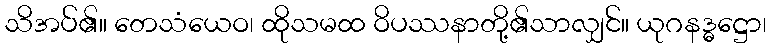
သိအပ်၏။ တေသံယေဝ၊ ထိုသမထ ဝိပဿနာတို့၏သာလျှင်။ ယုဂနဒ္ဓဋ္ဌော၊